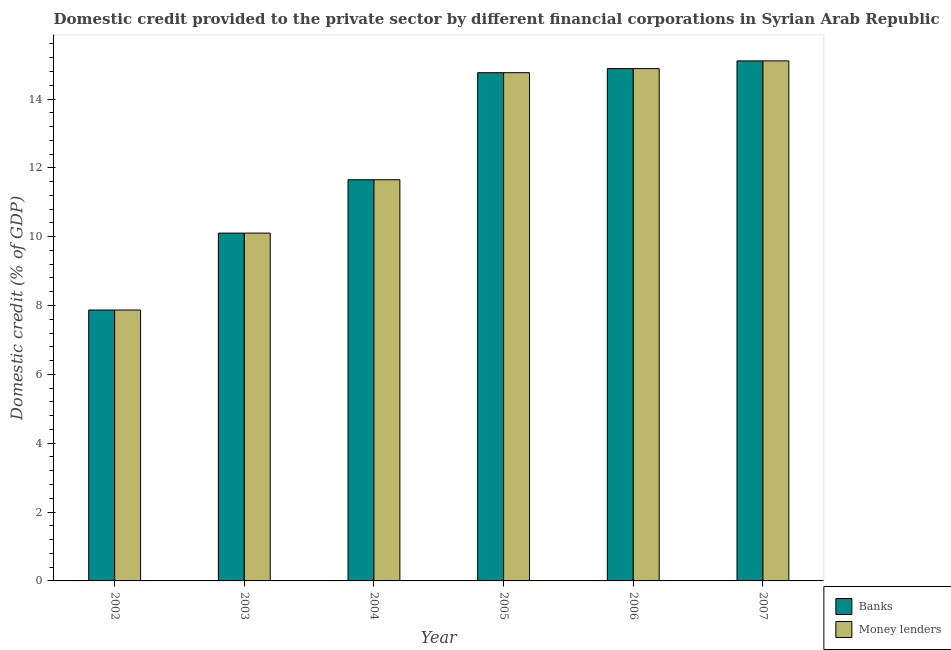
| Year | Banks | Money lenders |
 | --- | --- | --- |
 | 2002 | 7.87 | 7.87 |
 | 2003 | 10.1 | 10.1 |
 | 2004 | 11.7 | 11.7 |
 | 2005 | 14.8 | 14.8 |
 | 2006 | 14.9 | 14.9 |
 | 2007 | 15.1 | 15.1 |